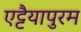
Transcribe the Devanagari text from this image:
एट्टैयापुरम